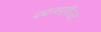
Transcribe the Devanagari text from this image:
प्रबन्धशीलता